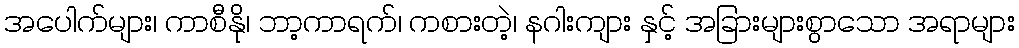
အပေါက်များ၊ ကာစီနို၊ ဘာ့ကာရက်၊ ကစားတဲ့၊ နဂါးကျား နှင့် အခြားများစွာသော အရာများ